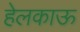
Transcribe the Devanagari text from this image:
हेलकाऊ